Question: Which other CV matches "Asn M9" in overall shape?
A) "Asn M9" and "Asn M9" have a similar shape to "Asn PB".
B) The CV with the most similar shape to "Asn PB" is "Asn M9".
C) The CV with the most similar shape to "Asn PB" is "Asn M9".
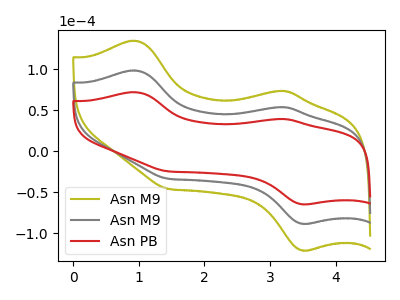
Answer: <think>The olive curve "Asn M9" has anodic peaks at (0.95V, 197.05uA) (3.20V, 107.70uA) and cathodic peaks at (3.50V, -176.85uA) (1.45V, -67.00uA). The gray curve "Asn M9" has anodic peaks at (0.95V, 98.55uA) (3.20V, 53.85uA) and cathodic peaks at (3.50V, -88.40uA) (1.45V, -33.50uA). The red curve "Asn PB" has anodic peaks at (0.95V, 72.05uA) (3.20V, 39.35uA) and cathodic peaks at (3.50V, -64.65uA) (1.45V, -24.50uA).
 All the peaks in "Asn M9" have a peak in "Asn M9" at the same potential. Every peak in "Asn M9" is higher than every peak in "Asn M9". All the peaks in "Asn M9" have a peak in "Asn PB" at the same potential. Every peak in "Asn M9" is higher than every peak in "Asn PB". All the peaks in "Asn M9" have a peak in "Asn PB" at the same potential. Every peak in "Asn M9" is higher than every peak in "Asn PB".</think>
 <answer>A) "Asn M9" and "Asn M9" have a similar shape to "Asn PB".</answer>
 <eval>A</eval>